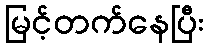
မြင့်တက်နေပြီး